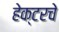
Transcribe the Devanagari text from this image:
हेक्टरचे